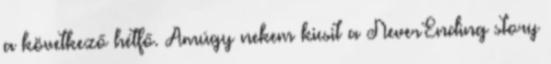
a következő hétfő. Amúgy nekem kicsit a NeverEnding story